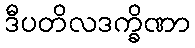
ဒီပတိလဒက္ခိဏာ